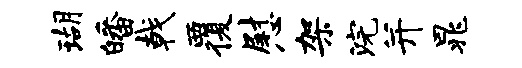
瑚皤戟覆慰架浣并晁